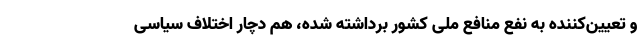
و تعیین‌کننده به نفع منافع ملی کشور برداشته شده، هم دچار اختلاف سیاسی